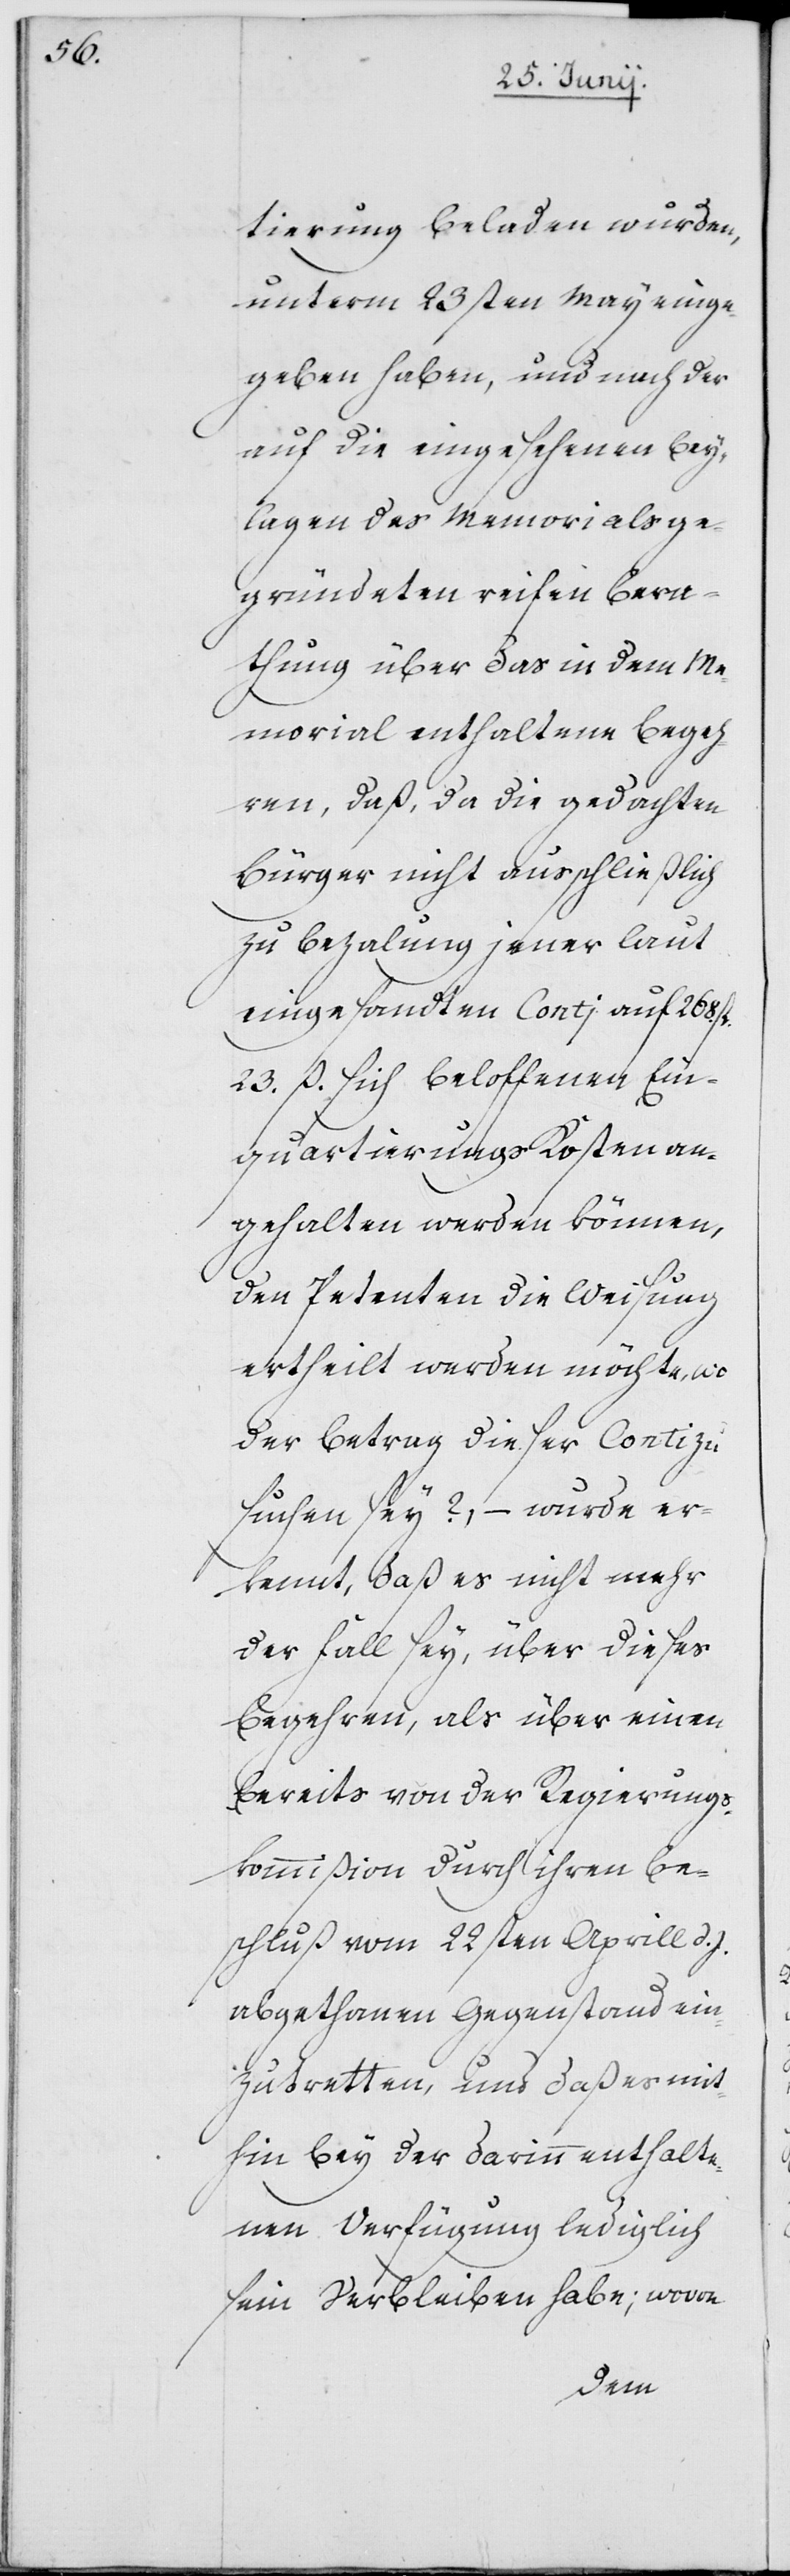
tierung beladen wurden,
unterm 23sten May einge¬
geben haben, und nach der
auf die eingesehenen Bey¬
lagen des Memorials ge¬
gründeten reifen Bera¬
thung über das in dem Me¬
morial enthaltene Begeh¬
ren, daß, da die gedachten
Bürger nicht ausschließlich
zu Bezalung jener laut
eingesandten Conti auf 268.
23. ß sich beloffenen Ein¬
quartierungs Kosten an¬
gehalten werden können,
den Petenten die Weisung
ertheilt werden möchte, wo
der Betrag dieser Conti zu
suchen sey?, – wurde er¬
kennt, daß es nicht mehr
der Fall sey, über dieses
Begehren, als über einen
bereits von der Regierungs¬
kommißion durch ihren Be¬
schluß vom 22sten Aprill d. J.
abgethanen Gegenstand ein¬
zutretten, und daß es mit¬
hin bey der darinn enthalte¬
nen Verfügung lediglich
sein Verbleiben habe; wovon